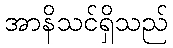
အာနိသင်ရှိသည်